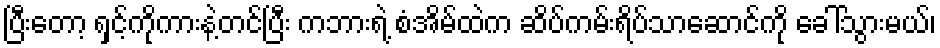
ပြီးတော့ ရှင့်ကိုကားနဲ့တင်ပြီး ကဘားရဲ့ စံအိမ်ထဲက ဆိပ်ကမ်းရိပ်သာဆောင်ကို ခေါ်သွားမယ်၊